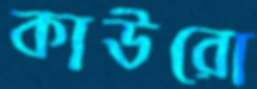
কাউরো